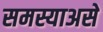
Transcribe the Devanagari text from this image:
समस्याअसे